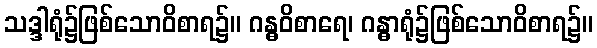
သဒ္ဒါရုံ၌ဖြစ်သောဝိစာရ၌။ ဂန္ဓဝိစာရေ၊ ဂန္ဓာရုံ၌ဖြစ်သောဝိစာရ၌။